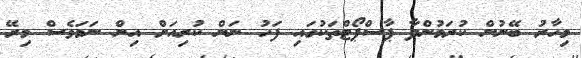
މިހާރު ބޭނުން ކުރަމުންދާ ޕާސްޕޯޓްތަކުގައި ފަހު ނަން ކުރިއަށް އިން ނަމަވެސް މިރޭ